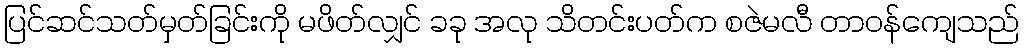
ပြင်ဆင်သတ်မှတ်ခြင်းကို မဖိတ်လျှင် ခခု အလု သိတင်းပတ်က စဇဲမလီ တာဝန်ကျေသည်